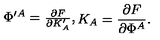
\begin{matrix} { \Phi ^ { \prime A } = { \frac { \partial F } { \partial K _ { A } ^ { \prime } } } , } & { K _ { A } = { \frac { \partial F } { \partial \Phi ^ { A } } } . } \\ \end{matrix}